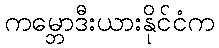
ကမ္ဘောဒီးယားနိုင်ငံက